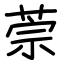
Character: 萗